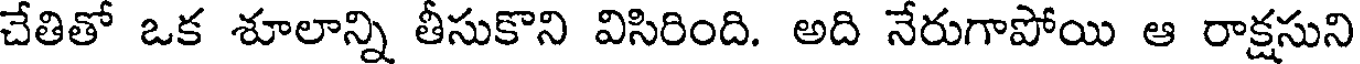
చేతితో ఒక శూలాన్ని తీసుకొని విసిరింది. అది నేరుగాపోయి ఆ రాక్షసుని